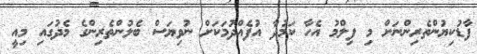
ފާޑުކިޔުންތެރިންނަށް މި ފިލްމު އެހާ ކަމުދާ އުފެއްދުމަކަށް ނުވިޔަސް ބެލުންތެރިންގެ މެދުގައި މިއީ